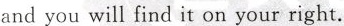
and you will find it on your right.